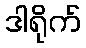
ဒါရိုက်